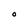
Character: O